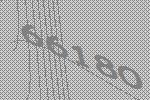
66180